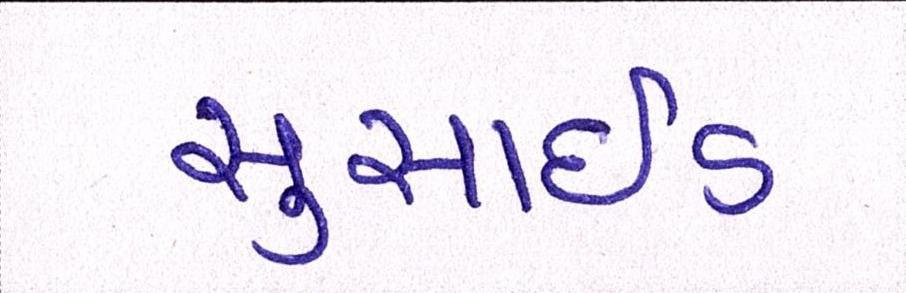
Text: સુસાઈડ